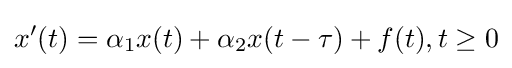
x'(t)=\alpha _{1}x(t)+\alpha _{2}x(t-\tau )+f(t),t\geq 0